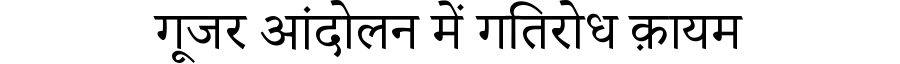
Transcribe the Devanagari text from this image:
गूजर आंदोलन में गतिरोध क़ायम